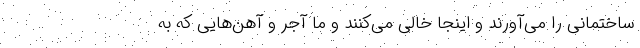
ساختمانی را می‌آورند و اینجا خالی می‌کنند و ما آجر و آهن‌هایی که به